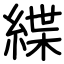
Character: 緤